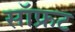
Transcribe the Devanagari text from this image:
सॉफ्रट